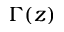
\Gamma ( z )